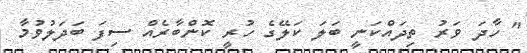
" ހާދަ ވަރު ތިދައްކަނީ ބަލަ ކަލޭގެ ހުރީ ކޮންބާރެއް ސިފަ ބަދަލުވުމާ